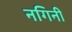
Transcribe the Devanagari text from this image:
नगिनी